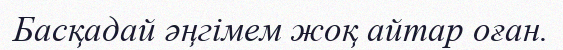
Басқадай әңгімем жоқ айтар оған.